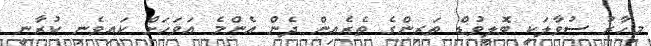
މިހާރު ސުވާލަކީ ބޮލީވުޑް ތަރިންގެ ތެރެއިން ދެން އެންމެ އަވަހަށް ކައިވެނި ކުރާނީ